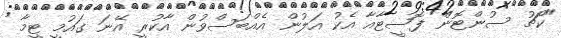
"ކޯޗު ސުންޓޮން ފޮސީޓާއާ އެކު އަލުން އެއްބަސްވުން އާކުރީ އޭނަ ގައުމީ ޓީމާ